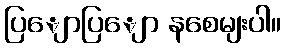
ပြျောပြျော နစေမျးပါ။